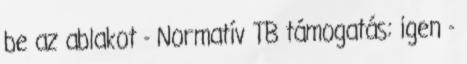
be az ablakot - Normatív TB támogatás: igen -